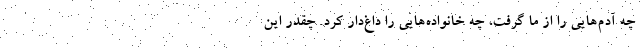
چه آدم‌هایی را از ما گرفت، چه خانواده‌هایی را داغ‌دار کرد. چقدر این